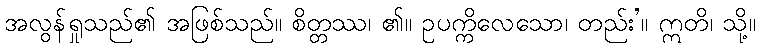
အလွန်ရှုသည်၏ အဖြစ်သည်။ စိတ္တဿ၊ ၏။ ဥပက္ကိလေသော၊ တည်း’။ ဣတိ၊ သို့။